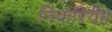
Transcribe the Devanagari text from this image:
निवारिये।।